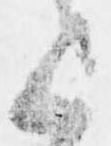
上